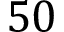
5 0